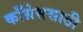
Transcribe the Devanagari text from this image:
काँग्रेससाठी